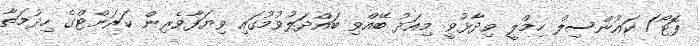
ފޮޓޯ/ ކައުންސިލް ހިމްލީ ވިދާޅުވީ މިއަދު ބޭއްވި ބައްދަލުވުމުގައި ވިޔަފާވެރިން ކަރަންޓްގެ ހިދުމަތާ